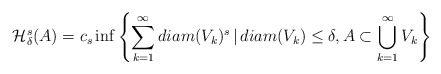
\begin{align*} \mathcal{H}^s_\delta(A)=c_s \inf\left\{\sum_{k=1}^\infty diam(V_k)^s \,|\,diam(V_k)\le\delta, A\subset \bigcup_{k=1}^\infty V_k\right\} \end{align*}